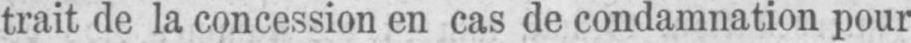
trait de la concession en cas de condamnation pour